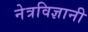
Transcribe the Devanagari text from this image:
नेत्रविज्ञानी